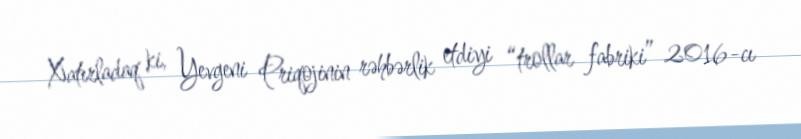
Xatırladaq ki, Yevgeni Priqojinin rəhbərlik etdiyi “trollar fabriki” 2016-cı